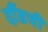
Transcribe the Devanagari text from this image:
दौंडची